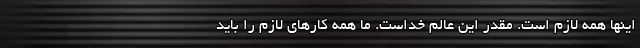
اینها همه لازم است. مقدر این عالم خداست. ما همه کارهای لازم را باید